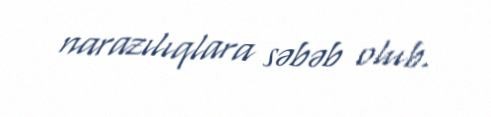
narazılıqlara səbəb olub.